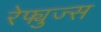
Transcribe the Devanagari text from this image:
रेफ्युज्स